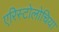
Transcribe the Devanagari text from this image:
एरिस्टोलोचिया